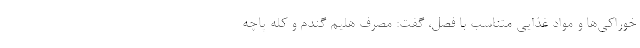
خوراکی‌ها و مواد غذایی متناسب با فصل، گفت: مصرف هلیم گندم و کله پاچه